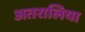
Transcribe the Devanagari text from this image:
अतरालिया